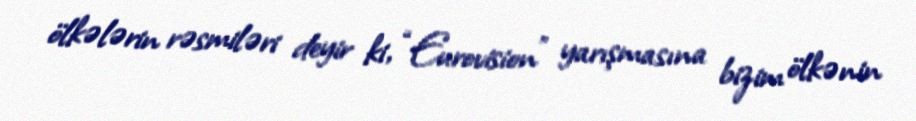
ölkələrin rəsmiləri deyir ki, “Eurovision” yarışmasına bizim ölkənin